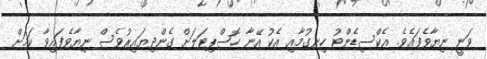
ވަނީ ނިޔާވެފައެވެ. އެކްސިޑެންޓު ހިނގުމާއި އެކު އޭނާ ހޮސްޕިޓަލަށް ގެންދިޔައިރުވެސް ނިޔާވެފައިވާ ކަމަށް